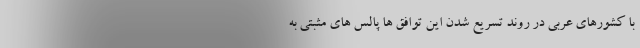
با کشورهای عربی در روند تسریع شدن این توافق ها پالس های مثبتی به